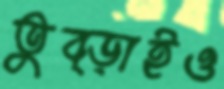
তুব্‌ড়াইও